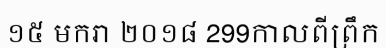
១៥ មករា ២០១៨ 299កាលពីព្រឹក